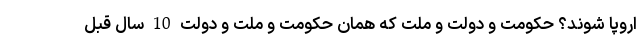
اروپا شوند؟ حکومت و دولت و ملت که همان حکومت و ملت و دولت 10 سال قبل